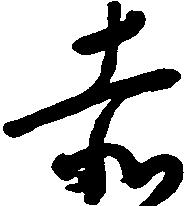
赤